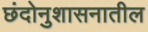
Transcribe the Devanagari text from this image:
छंदोनुशासनातील